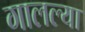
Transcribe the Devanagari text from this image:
गालल्या